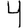
Digit: 4